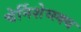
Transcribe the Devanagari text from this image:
चेर्निशेव्स्क्य